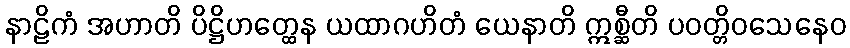
နာဠိကံ အဟာတိ ပိဋ္ဌိဟတ္ထေန ယထာဂဟိတံ ယေနာတိ ဣစ္ဆီတိ ပဝတ္တိဝသေနေဝ